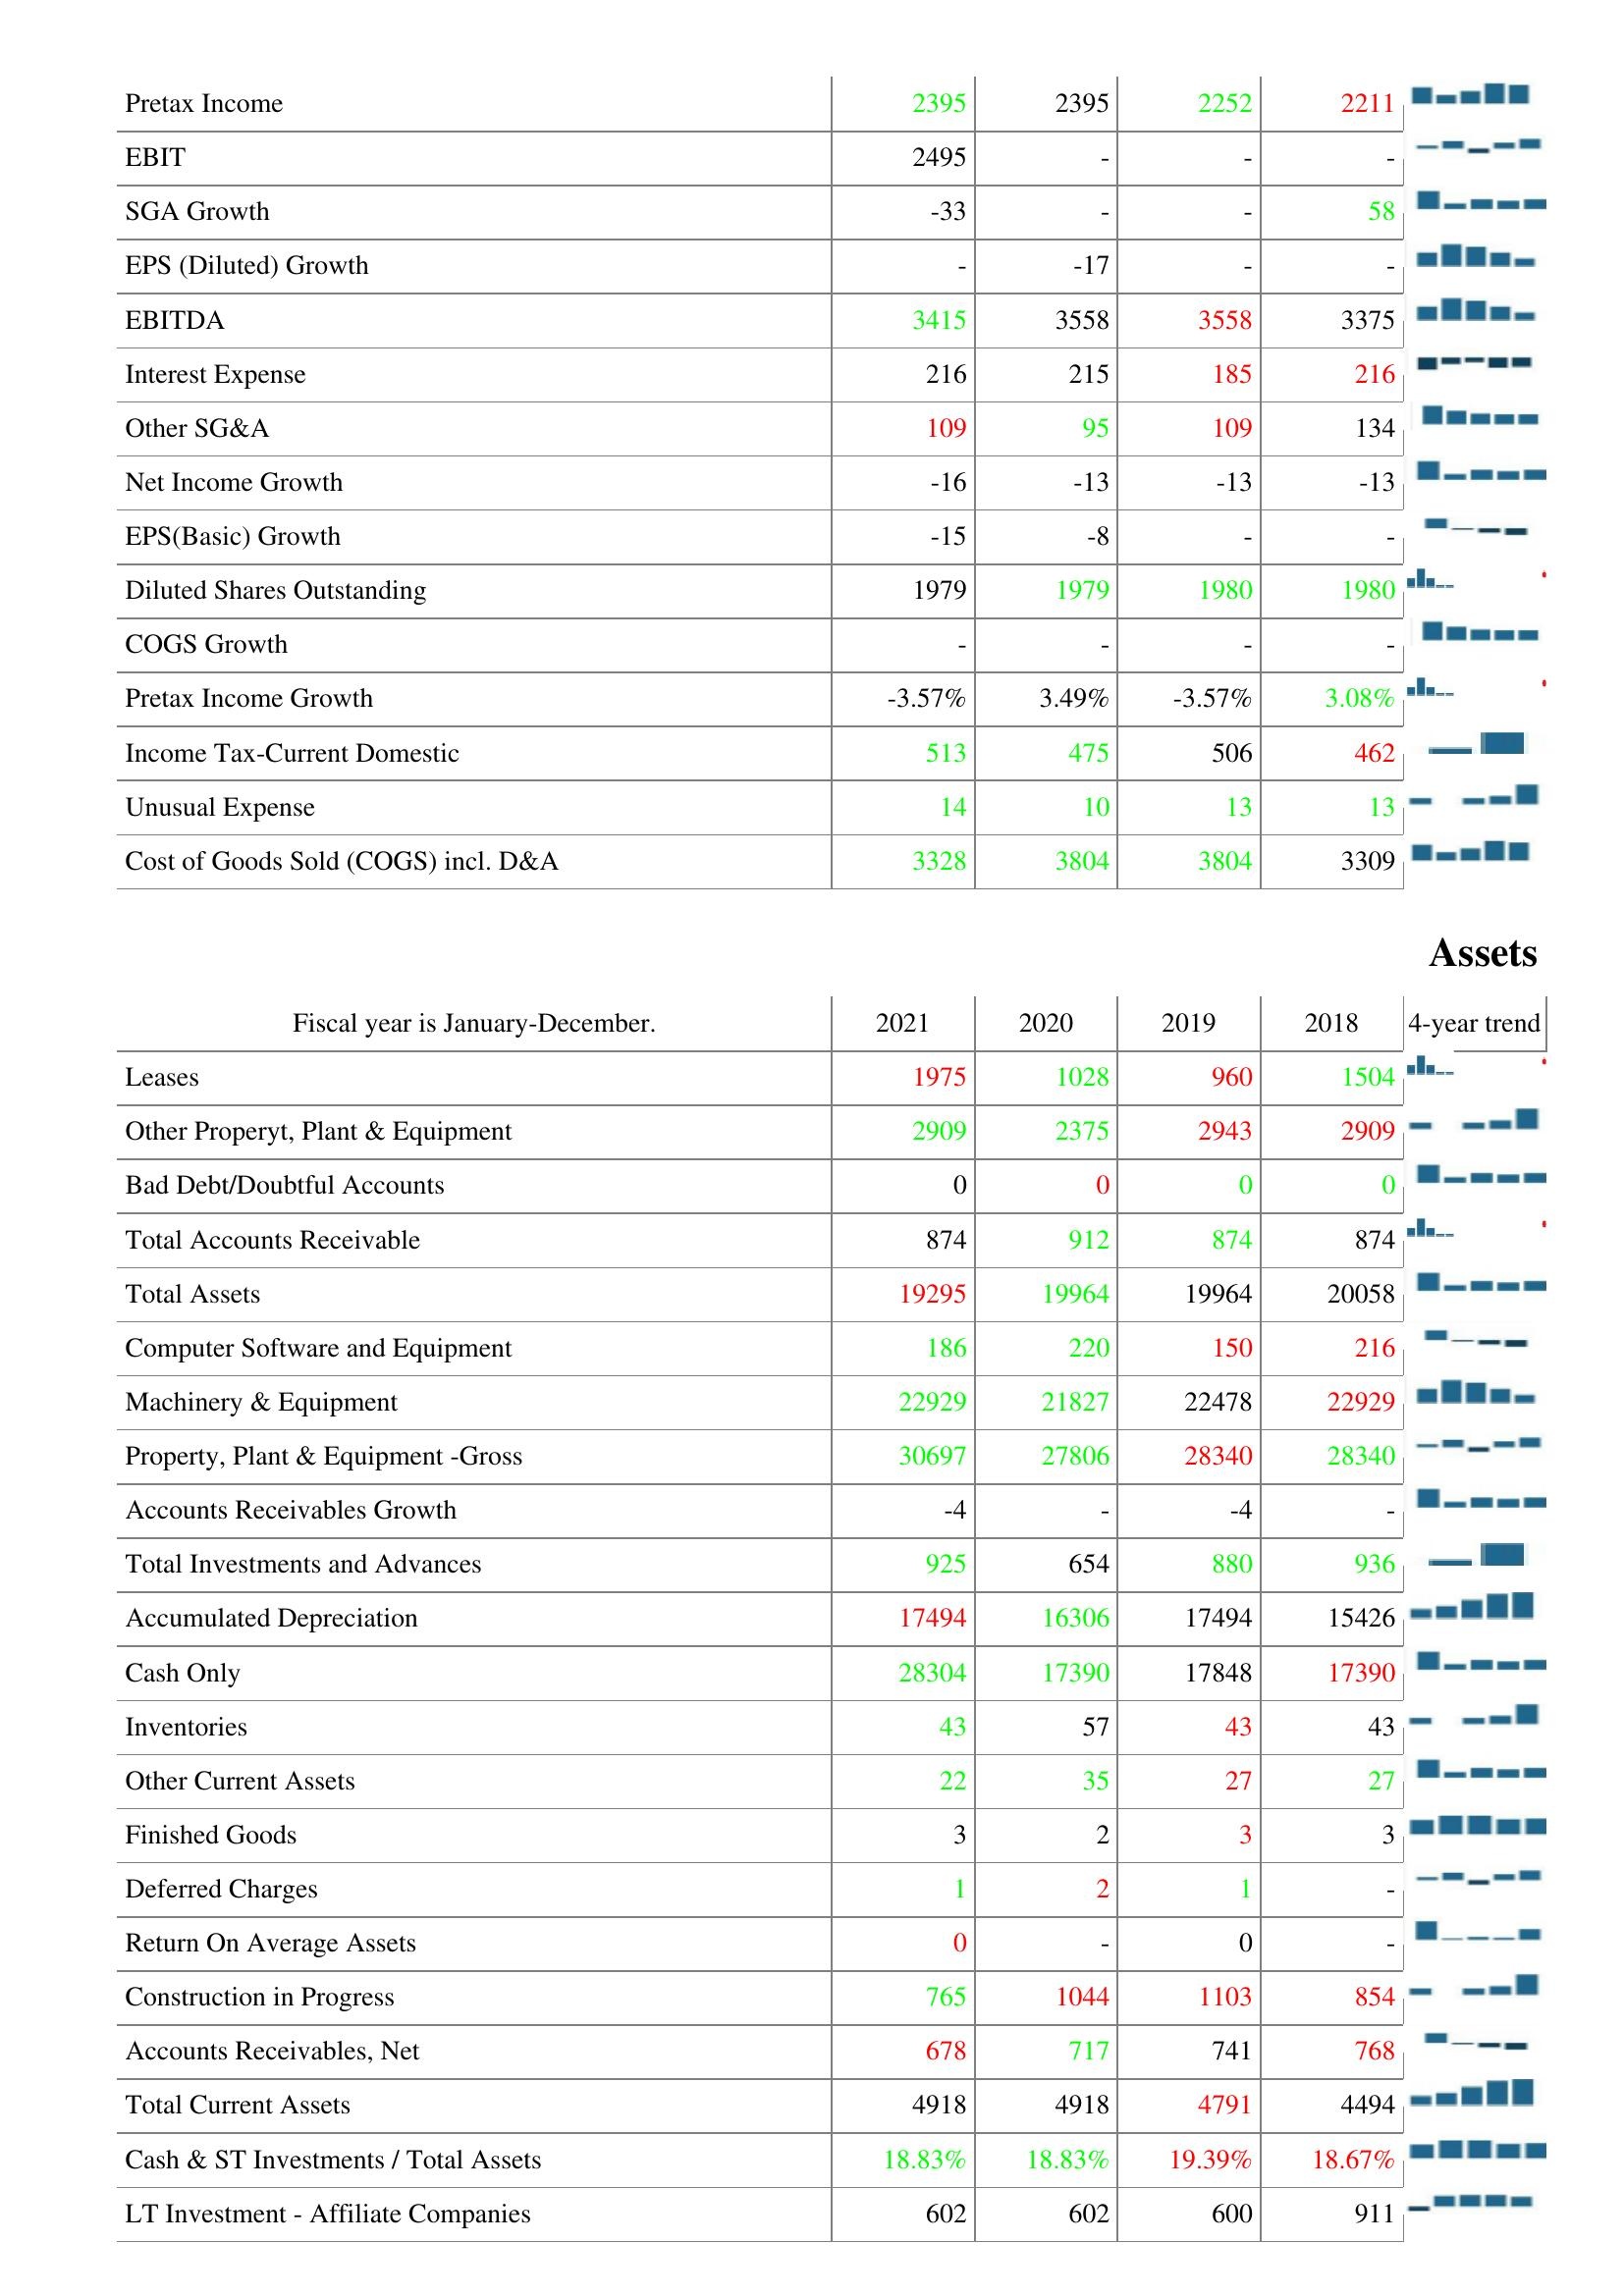
2021: : Pretax Income: 2395
EBIT: 2495
SGA Growth: -33
EPS (Diluted) Growth: -
EBITDA: 3415
Interest Expense: 216
Other SG&A: 109
Net Income Growth: -16
EPS(Basic) Growth: -15
Diluted Shares Outstanding: 1979
COGS Growth: -
Pretax Income Growth: -3.57%
Income Tax-Current Domestic: 513
Unusual Expense: 14
Cost of Goods Sold (COGS) incl. D&A: 3328
Assets: Leases: 1975
Other Properyt, Plant & Equipment: 2909
Bad Debt/Doubtful Accounts: 0
Total Accounts Receivable: 874
Total Assets: 19295
Computer Software and Equipment: 186
Machinery & Equipment: 22929
Property, Plant & Equipment -Gross: 30697
Accounts Receivables Growth: -4
Total Investments and Advances: 925
Accumulated Depreciation: 17494
Cash Only: 28304
Inventories: 43
Other Current Assets: 22
Finished Goods: 3
Deferred Charges: 1
Return On Average Assets: 0
Construction in Progress: 765
Accounts Receivables, Net: 678
Total Current Assets: 4918
Cash & ST Investments / Total Assets: 18.83%
LT Investment - Affiliate Companies: 602
2020: : Pretax Income: 2395
EBIT: -
SGA Growth: -
EPS (Diluted) Growth: -17
EBITDA: 3558
Interest Expense: 215
Other SG&A: 95
Net Income Growth: -13
EPS(Basic) Growth: -8
Diluted Shares Outstanding: 1979
COGS Growth: -
Pretax Income Growth: 3.49%
Income Tax-Current Domestic: 475
Unusual Expense: 10
Cost of Goods Sold (COGS) incl. D&A: 3804
Assets: Leases: 1028
Other Properyt, Plant & Equipment: 2375
Bad Debt/Doubtful Accounts: 0
Total Accounts Receivable: 912
Total Assets: 19964
Computer Software and Equipment: 220
Machinery & Equipment: 21827
Property, Plant & Equipment -Gross: 27806
Accounts Receivables Growth: -
Total Investments and Advances: 654
Accumulated Depreciation: 16306
Cash Only: 17390
Inventories: 57
Other Current Assets: 35
Finished Goods: 2
Deferred Charges: 2
Return On Average Assets: -
Construction in Progress: 1044
Accounts Receivables, Net: 717
Total Current Assets: 4918
Cash & ST Investments / Total Assets: 18.83%
LT Investment - Affiliate Companies: 602
2019: : Pretax Income: 2252
EBIT: -
SGA Growth: -
EPS (Diluted) Growth: -
EBITDA: 3558
Interest Expense: 185
Other SG&A: 109
Net Income Growth: -13
EPS(Basic) Growth: -
Diluted Shares Outstanding: 1980
COGS Growth: -
Pretax Income Growth: -3.57%
Income Tax-Current Domestic: 506
Unusual Expense: 13
Cost of Goods Sold (COGS) incl. D&A: 3804
Assets: Leases: 960
Other Properyt, Plant & Equipment: 2943
Bad Debt/Doubtful Accounts: 0
Total Accounts Receivable: 874
Total Assets: 19964
Computer Software and Equipment: 150
Machinery & Equipment: 22478
Property, Plant & Equipment -Gross: 28340
Accounts Receivables Growth: -4
Total Investments and Advances: 880
Accumulated Depreciation: 17494
Cash Only: 17848
Inventories: 43
Other Current Assets: 27
Finished Goods: 3
Deferred Charges: 1
Return On Average Assets: 0
Construction in Progress: 1103
Accounts Receivables, Net: 741
Total Current Assets: 4791
Cash & ST Investments / Total Assets: 19.39%
LT Investment - Affiliate Companies: 600
2018: : Pretax Income: 2211
EBIT: -
SGA Growth: 58
EPS (Diluted) Growth: -
EBITDA: 3375
Interest Expense: 216
Other SG&A: 134
Net Income Growth: -13
EPS(Basic) Growth: -
Diluted Shares Outstanding: 1980
COGS Growth: -
Pretax Income Growth: 3.08%
Income Tax-Current Domestic: 462
Unusual Expense: 13
Cost of Goods Sold (COGS) incl. D&A: 3309
Assets: Leases: 1504
Other Properyt, Plant & Equipment: 2909
Bad Debt/Doubtful Accounts: 0
Total Accounts Receivable: 874
Total Assets: 20058
Computer Software and Equipment: 216
Machinery & Equipment: 22929
Property, Plant & Equipment -Gross: 28340
Accounts Receivables Growth: -
Total Investments and Advances: 936
Accumulated Depreciation: 15426
Cash Only: 17390
Inventories: 43
Other Current Assets: 27
Finished Goods: 3
Deferred Charges: -
Return On Average Assets: -
Construction in Progress: 854
Accounts Receivables, Net: 768
Total Current Assets: 4494
Cash & ST Investments / Total Assets: 18.67%
LT Investment - Affiliate Companies: 911